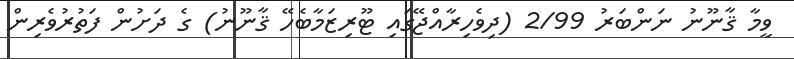
ވީމާ ޤާނޫނު ނަންބަރު 2/99 (ދިވެހިރާއްޖޭގައި ޓޫރިޒަމާބެހޭ ޤާނޫނު) ގެ ދަށުން ފަތުރުވެރިން